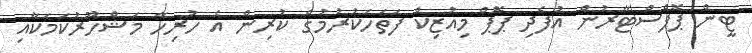
ޓީން ޕޮޕްސްޓާރުން އުފެދި ޕޮޕް މިއުޒިކް ފަތަހަކުރުމުގެ ކުރިން އެ ހުރިހާ މަޝްހޫރުކަމަކާއި